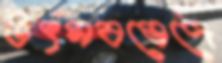
উৎসবভেদে